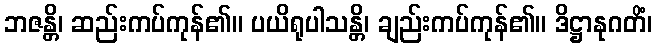
ဘဇန္တိ၊ ဆည်းကပ်ကုန်၏။ ပယိရုပါသန္တိ၊ ချည်းကပ်ကုန်၏။ ဒိဋ္ဌာနုဂတိံ၊